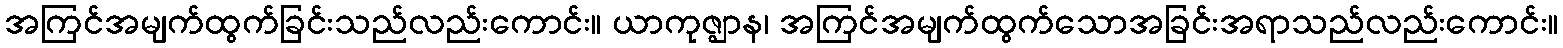
အကြင်အမျက်ထွက်ခြင်းသည်လည်းကောင်း။ ယာကုဇ္ဈာန၊ အကြင်အမျက်ထွက်သောအခြင်းအရာသည်လည်းကောင်း။